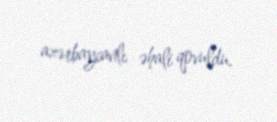
azərbaycanlı əhali qovuldu.